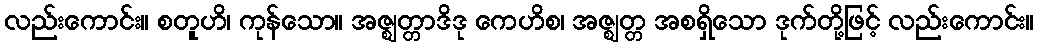
လည်းကောင်း။ စတူဟိ၊ ကုန်သော။ အဇ္ဈတ္တာဒိဒု ကေဟိစ၊ အဇ္ဈတ္တ အစရှိသော ဒုက်တို့ဖြင့် လည်းကောင်း။